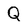
Character: Q